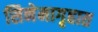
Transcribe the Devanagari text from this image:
सिनेमागृहात